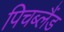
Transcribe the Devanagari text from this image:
पिचब्लैंड